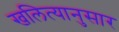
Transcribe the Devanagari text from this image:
खलित्यानुसार